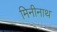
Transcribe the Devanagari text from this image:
मिनीनाथ